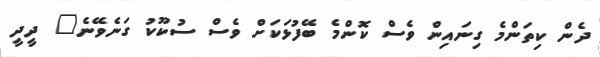
ދެން ކިތަންމެ ގިނައިން ވެސް ކޮންމެ ބޭފުޅަކަށް ވެސް ސުކޫކު ގަނެވޭނެ" ދީދީ